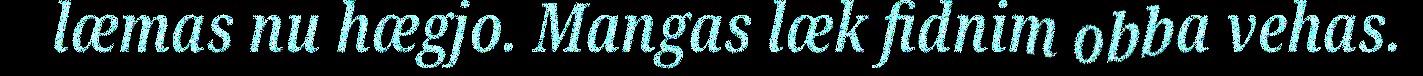
læmas nu hægjo. Mangas læk fidnim obba vehas.